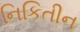
નિકિતીન